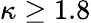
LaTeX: \kappa\ge 1.8